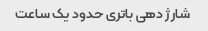
شارژ دهی باتری حدود یک ساعت